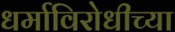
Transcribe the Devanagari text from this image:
धर्माविरोधीच्या